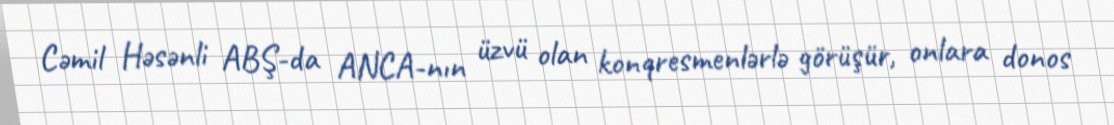
Cəmil Həsənli ABŞ-da ANCA-nın üzvü olan konqresmenlərlə görüşür, onlara donos